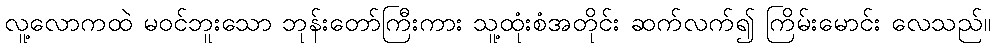
လူ့လောကထဲ မဝင်ဘူးသော ဘုန်းတော်ကြီးကား သူ့ထုံးစံအတိုင်း ဆက်လက်၍ ကြိမ်းမောင်း လေသည်။